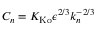
C _ { n } = K _ { \mathrm { K o } } \epsilon ^ { 2 / 3 } k _ { n } ^ { - 2 / 3 }